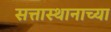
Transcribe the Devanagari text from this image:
सत्तास्थानाच्या